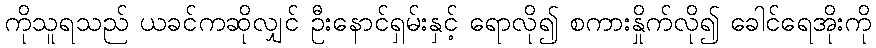
ကိုသူရသည် ယခင်ကဆိုလျှင် ဦးနောင်ရှမ်းနှင့် ရောလို၍ စကားနှိုက်လို၍ ခေါင်ရေအိုးကို